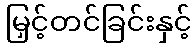
မြှင့်တင်ခြင်းနှင့်